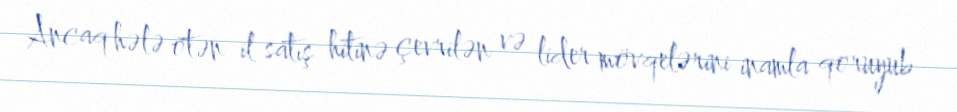
Ancaq hələ ötən il satış hitinə çevrilən və lider mövqelərini inamla qoruyub